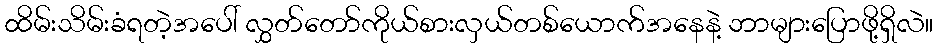
ထိမ်းသိမ်းခံရတဲ့အပေါ် လွှတ်တော်ကိုယ်စားလှယ်တစ်ယောက်အနေနဲ့ ဘာများပြောဖို့ရှိလဲ။